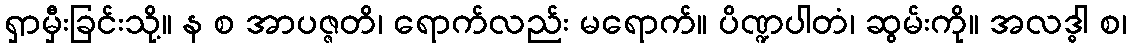
ရှာမှီးခြင်းသို့။ န စ အာပဇ္ဇတိ၊ ရောက်လည်း မရောက်။ ပိဏ္ဍပါတံ၊ ဆွမ်းကို။ အလဒ္ဓါ စ၊